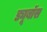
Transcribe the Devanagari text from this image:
ड्यूबॉस